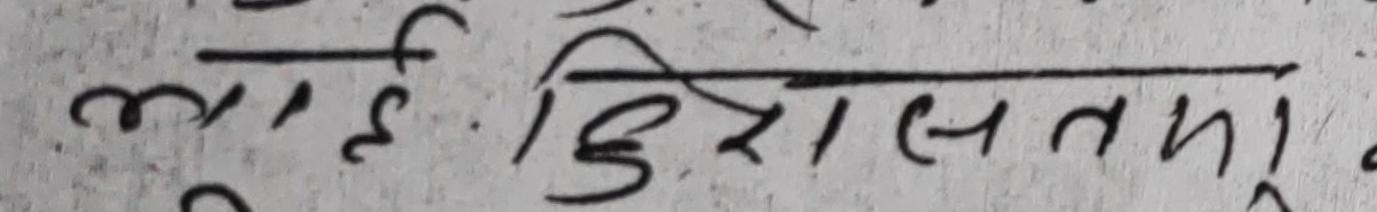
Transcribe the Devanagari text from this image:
लाई. हिरासतमा